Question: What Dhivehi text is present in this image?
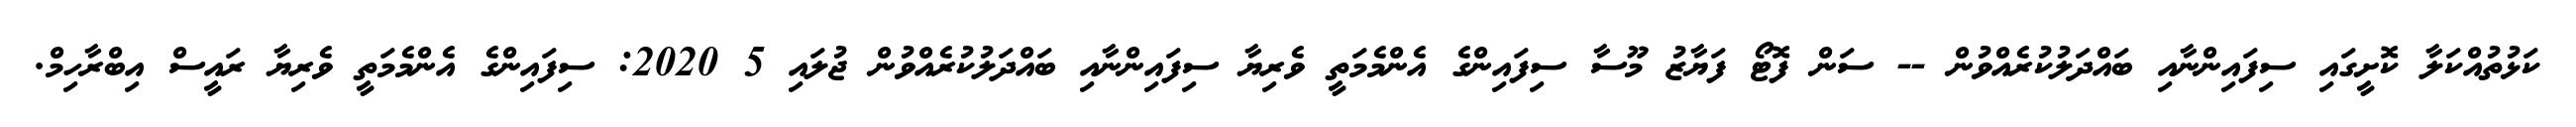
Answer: ކަޅުތުއްކަލާ ކޮށީގައި ސިފައިންނާއި ބައްދަލުކުރެއްވުން -- ސަން ފޮޓޯ ފަޔާޒު މޫސާ ސިފައިންގެ އެންމެމަތީ ވެރިޔާ ސިފައިންނާއި ބައްދަލުކުރެއްވުން ޖުލައި 5 2020: ސިފައިންގެ އެންމެމަތީ ވެރިޔާ ރައީސް އިބްރާހިމް.